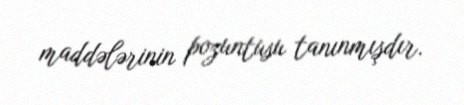
maddələrinin pozuntusu tanınmışdır.